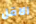
الاقل